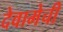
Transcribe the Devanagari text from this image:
देवामेची